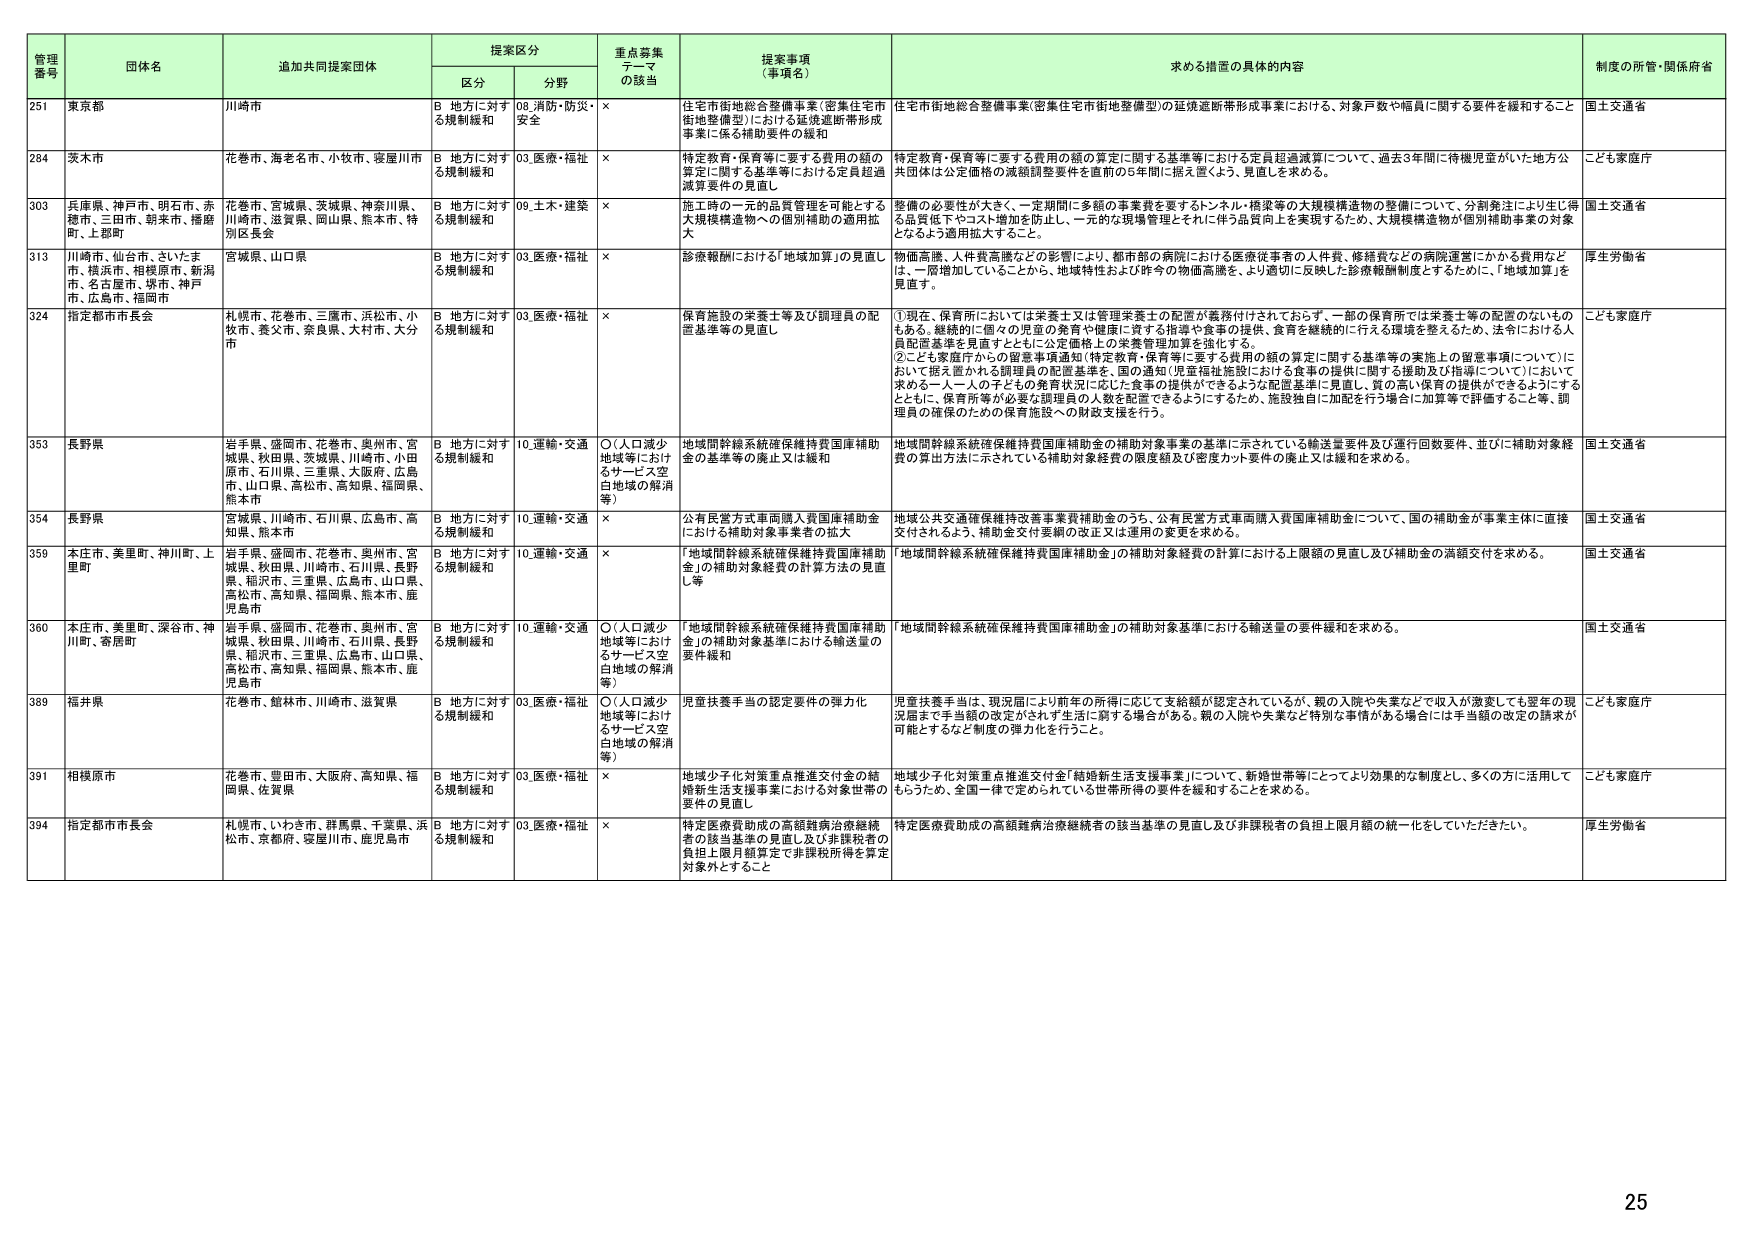
管理番号 団体名 追加共同提案団体 提案区分 重点募集テーマの該当 提案事項（事項名） 求める措置の具体的内容 制度の所管・関係府省
区分 分野
251 東京都 川崎市 B 地方に対する規制緩和 08.消防・防災・安全 × 住宅市街地総合整備事業（密集住宅市街地整備型）における延焼遮断帯形成事業に係る補助要件の緩和 住宅市街地総合整備事業（密集住宅市街地整備型）の延焼遮断帯形成事業における、対象戸数や幅員に関する要件を緩和すること 国土交通省
284 茨木市 花巻市、海老名市、小牧市、寝屋川市 B 地方に対する規制緩和 03.医療・福祉 × 特定教育・保育等に要する費用の額の算定に関する基準等における定員超過減算について、過去3年間に待機児童がいた地方公共団体は公定価格の減額調整要件を直前の5年間に据え置くよう、見直しを求める。 特定教育・保育等に要する費用の額の算定に関する基準等における定員超過減算について、過去3年間に待機児童がいた地方公共団体は公定価格の減額調整要件を直前の5年間に据え置くよう、見直しを求める。 こども家庭庁
303 兵庫県、神戸市、明石市、赤穂市、三田市、朝来市、播磨町、上郡町 花巻市、宮城県、茨城県、神奈川県、川崎市、滋賀県、岡山県、熊本市、特別区長会 B 地方に対する規制緩和 09.土木・建築 × 施工時の一元的品質管理を可能とする大規模構造物への個別補助の適用拡大 整備の必要性が大きく、一定期間に多額の事業費を要するトンネル・橋梁等の大規模構造物の整備について、分別発注により生じ得る品質低下やコスト増加を防止し、一元的な現場管理とそれに伴う品質向上を実現するため、大規模構造物が個別補助事業の対象となるよう適用拡大すること。 国土交通省
313 川崎市、仙台市、さいたま市、横浜市、相模原市、新潟市、名古屋市、堺市、神戸市、広島市、福岡市 宮城県、山口県 B 地方に対する規制緩和 03.医療・福祉 × 診療報酬における「地域加算」の見直し 物価高騰、人件費高騰などの影響により、都市部の病院における医療従事者の人件費、修繕費などの病院運営にかかる費用などは、一層増加していることから、地域特性および昨今の物価高騰を、より適切に反映した診療報酬制度とするために、「地域加算」を見直す。 厚生労働省
324 指定都市市長会 札幌市、花巻市、三鷹市、浜松市、小牧市、養父市、奈良県、大村市、大分市 B 地方に対する規制緩和 03.医療・福祉 × 保育施設の栄養士等及び調理員の配置基準等の見直し ①現在、保育所においては栄養士又は管理栄養士の配置が義務付けられておらず、一部の保育所では栄養士等の配置のないものもある。継続的に個々の児童の発育や健康に資する指導や食事の提供、食育を継続的に行える環境を整えるため、法令における人員配置基準を見直すとともに公定価格上の栄養管理加算を強化する。
②こども家庭庁からの留意事項通知（特定教育・保育等に要する費用の額の算定に関する基準等の実施上の留意事項について）において据え置かれる調理員の配置基準を、国の通知（児童福祉施設における食事の提供に関する援助及び指導について）に求める一人一人の子どもの発育状況に応じた食事の提供ができるような配置基準に見直し、質の高い保育の提供ができるようにするとともに、保育所等が必要な調理員の人数を配置できるようにするため、施設独自に加配を行う場合に加算等で評価すること等、調理員の確保のための保育施設への財政支援を行う。 こども家庭庁
353 長野県 岩手県、盛岡市、花巻市、奥州市、宮城県、秋田県、茨城県、川崎市、小田原市、石川県、三重県、大阪府、広島市、山口県、高松市、高知県、福岡県、熊本市 B 地方に対する規制緩和 10.運輸・交通 ○（人口減少地域等におけるサービス空白地域の解消等） 地域間幹線系統確保維持費国庫補助金の基準等の廃止又は緩和 地域間幹線系統確保維持費国庫補助金の補助対象事業の基準に示されている輸送量要件及び運行回数要件、並びに補助対象経費の算出方法に示されている補助対象経費の限度額及び密度カット要件の廃止又は緩和を求める。 国土交通省
354 長野県 宮城県、川崎市、石川県、広島市、高知県、熊本市 B 地方に対する規制緩和 10.運輸・交通 × 公有民営方式車両購入費国庫補助金における補助対象事業者の拡大 地域公共交通確保改善事業費補助金のうち、公有民営方式車両購入費国庫補助金について、国の補助金が事業主体に直接交付されるよう、補助金交付要綱の改正又は運用の変更を求める。 国土交通省
359 本庄市、美里町、神川町、上里町 岩手県、盛岡市、花巻市、奥州市、宮城県、秋田県、川崎市、石川県、長野県、稲沢市、三重県、広島市、山口県、高松市、高知県、福岡県、熊本市、鹿児島市 B 地方に対する規制緩和 10.運輸・交通 × 「地域間幹線系統確保維持費国庫補助金」の補助対象経費の計算方法の見直し等 「地域間幹線系統確保維持費国庫補助金」の補助対象経費の計算における上限額の見直し及び補助金の満額交付を求める。 国土交通省
360 本庄市、美里町、深谷市、神川町、寄居町 岩手県、盛岡市、花巻市、奥州市、宮城県、秋田県、川崎市、石川県、長野県、稲沢市、三重県、広島市、山口県、高松市、高知県、福岡県、熊本市、鹿児島市 B 地方に対する規制緩和 10.運輸・交通 ○（人口減少地域等におけるサービス空白地域の解消等） 「地域間幹線系統確保維持費国庫補助金」の補助対象基準における輸送量の要件緩和 「地域間幹線系統確保維持費国庫補助金」の補助対象基準における輸送量の要件緩和を求める。 国土交通省
389 福井県 花巻市、館林市、川崎市、滋賀県 B 地方に対する規制緩和 03.医療・福祉 ○（人口減少地域等におけるサービス空白地域の解消等） 児童扶養手当の認定要件の弾力化 児童扶養手当は、現況届により前年の所得に応じて支給額が認定されているが、親の入院や失業などで収入が激変しても翌年の現況届まで手当額の改定がされず生活に窮する場合がある。親の入院や失業など特別な事情がある場合には手当額の改定の請求が可能とすることと制度の弾力化を行うこと。 こども家庭庁
391 相模原市 花巻市、豊田市、大阪府、高知県、福岡県、佐賀県 B 地方に対する規制緩和 03.医療・福祉 × 地域少子化対策重点推進交付金の結婚新生活支援事業における対象世帯の要件の見直し 地域少子化対策重点推進交付金「結婚新生活支援事業」について、新婚世帯等にとってより効果的な制度とし、多くの方に活用してもらうため、全国一律で定められている世帯所得の要件を緩和することを求める。 こども家庭庁
394 指定都市市長会 札幌市、いわき市、群馬県、千葉県、浜松市、京都府、寝屋川市、鹿児島市 B 地方に対する規制緩和 03.医療・福祉 × 特定医療費助成の高額難病治療継続者の該当基準の見直し及び非課税者の負担上限月額の統一化をいただきたい。 特定医療費助成の高額難病治療継続者の該当基準の見直し及び非課税者の負担上限月額の統一化をしていただきたい。 厚生労働省
25